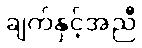
ချက်နှင့်အညီ